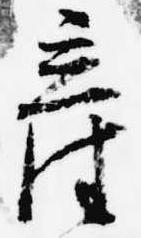
産